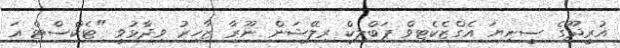
އުރީދޫގެ ސީނިޔަ އެގްޒެކެޓިވް ޕަބްލިކް ރިލޭޝަން ނޫރާ ޒާހިރު ވިދާޅުވީ "ޓެކްސްޓް އަ